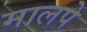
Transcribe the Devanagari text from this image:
मालपे